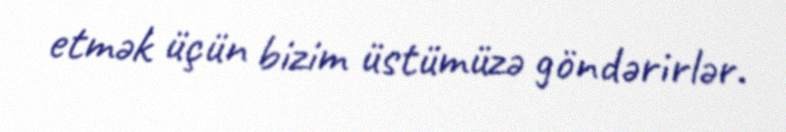
etmək üçün bizim üstümüzə göndərirlər.